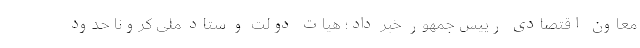
معاون اقتصادی رییس جمهور خبر داد؛ هیات دولت و ستاد ملی کرونا حدود